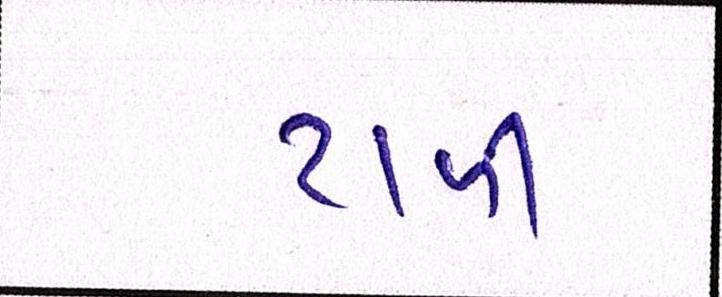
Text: ટાળી